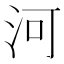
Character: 河